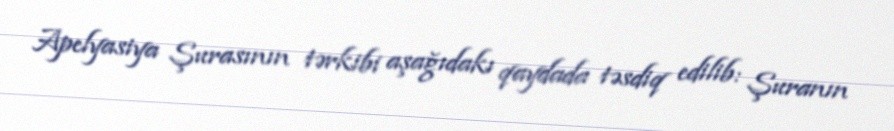
Apelyasiya Şurasının tərkibi aşağıdakı qaydada təsdiq edilib: Şuranın